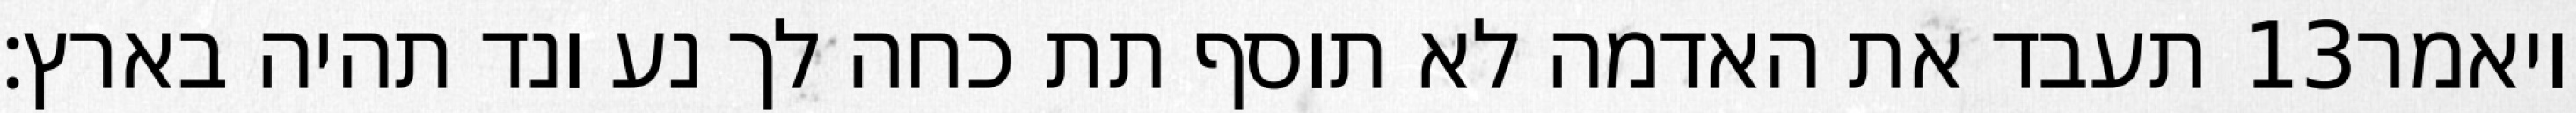
תעבד את האדמה לא תוסף תת כחה לך נע ונד תהיה בארץ׃ ‎13‏ ויאמר